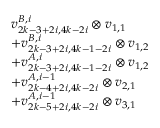
\begin{array} { r l } & { v _ { 2 k - 3 + 2 i , 4 k - 2 i } ^ { B , i } \otimes v _ { 1 , 1 } } \\ & { + v _ { 2 k - 3 + 2 i , 4 k - 1 - 2 i } ^ { B , i } \otimes v _ { 1 , 2 } } \\ & { + v _ { 2 k - 3 + 2 i , 4 k - 1 - 2 i } ^ { A , i } \otimes v _ { 1 , 2 } } \\ & { + v _ { 2 k - 4 + 2 i , 4 k - 2 i } ^ { A , i - 1 } \otimes v _ { 2 , 1 } } \\ & { + v _ { 2 k - 5 + 2 i , 4 k - 2 i } ^ { A , i - 1 } \otimes v _ { 3 , 1 } } \end{array}